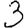
Digit: 3